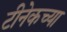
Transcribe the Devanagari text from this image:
टीनेकच्या